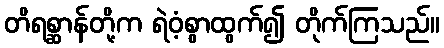
တိရစ္ဆာန်တို့က ရဲဝံ့စွာထွက်၍ တိုက်ကြသည်။